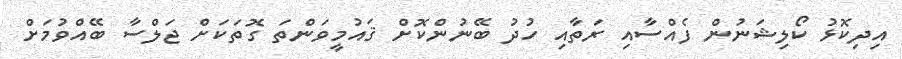
އިދިކޮޅު ކޯލިޝަނުން ފެއްސާއި ރަތާއި ހުދު ބޭނުންކޮށް ޤައުމީވަންތަ ގޮތަކަށް ޖަލްސާ ބޭއްވުމަށް